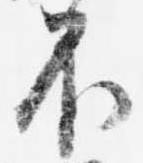
不